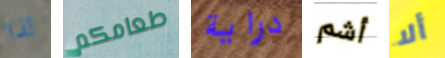
لذا طعامكم دراية أشم ألا